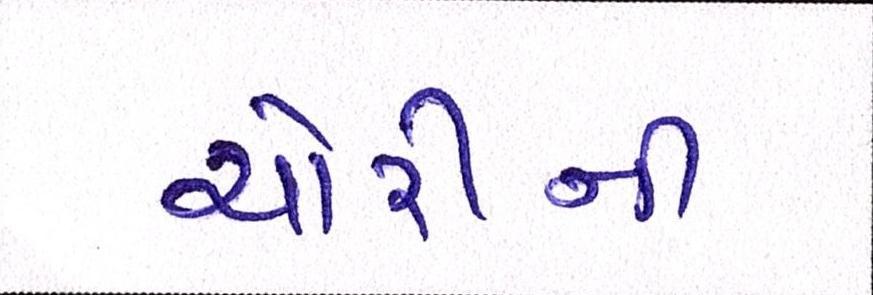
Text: ચોરીની